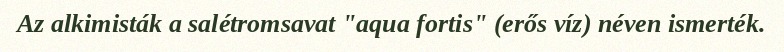
Az alkimisták a salétromsavat "aqua fortis" (erős víz) néven ismerték.